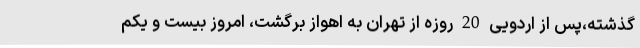
گذشته،پس از اردویی 20 روزه از تهران به اهواز برگشت، امروز بیست و یکم